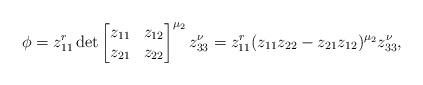
LaTeX: \begin{align*}\phi=z_{11}^r \det\begin{bmatrix} z_{11} & z_{12} \\ z_{21} & z_{22} \end{bmatrix}^{\mu_2} z_{33}^\nu=z_{11}^r (z_{11}z_{22}-z_{21}z_{12})^{\mu_2}z_{33}^\nu,\end{align*}